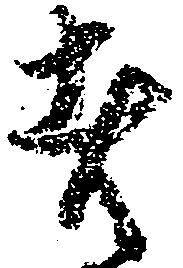
者